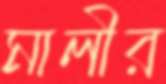
মালীর